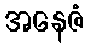
အနေဇံ